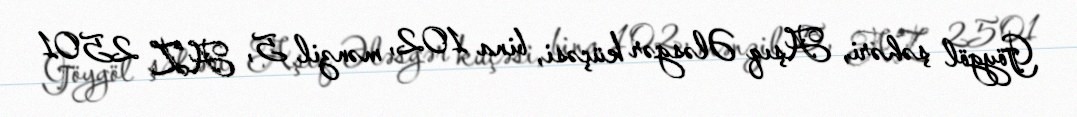
Göygöl şəhəri, Aşıq Ələsgər küçəsi, bina 102, mənzil 5, AZ 2501